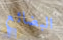
البضائع